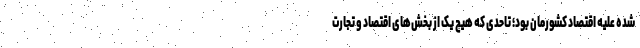
شده علیه اقتصاد کشورمان بود؛ تاحدی که هیچ یک از بخش‌های اقتصاد و تجارت